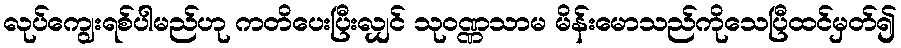
လုပ်ကျွေးရစ်ပါမည်ဟု ကတိပေးပြီးလျှင် သုဝဏ္ဏသာမ မိန်းမောသည်ကိုသေပြီထင်မှတ်၍